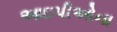
આઇપીઓના